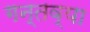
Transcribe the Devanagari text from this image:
गन्तव्या